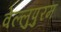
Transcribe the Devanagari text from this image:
वेल्लुपुरम